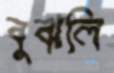
বুঝলি